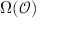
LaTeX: \Omega ( { \mathcal { O } } )